Scottish Certificate of Education, 1963
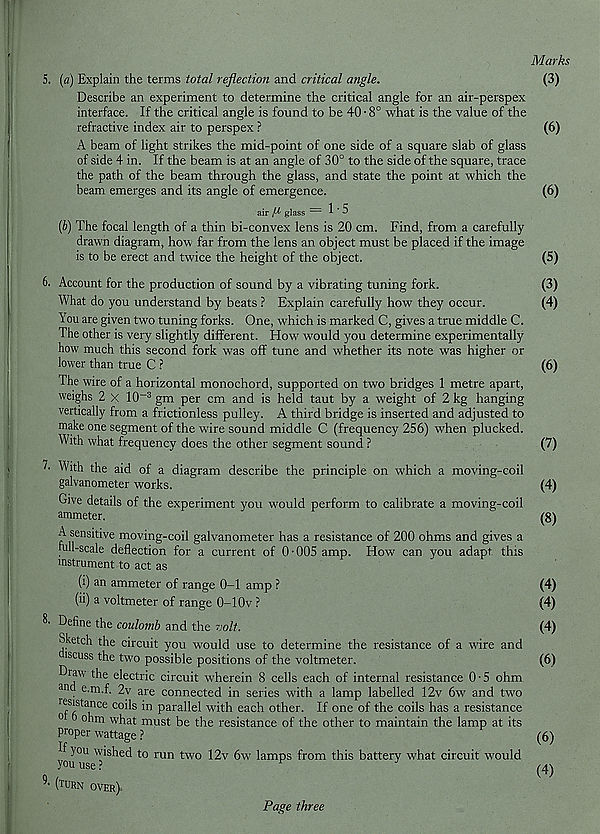
Marks
5. [a) Explain the terms total reflection and critical angle.
(3)
Describe an experiment to determine the critical angle for an air-perspex
interface. If the critical angle is found to be 40 • 8° what is the value of the
refractive index air to perspex ?
(6)
A beam of light strikes the mid-point of one side of a square slab of glass
of side 4 in. If the beam is at an angle of 30° to the side of the square, trace
the path of the beam through the glass, and state the point at which the
beam emerges and its angle of emergence.
(6)
air g] ass — 1*5
[b) The focal length of a thin bi-convex lens is 20 cm. Find, from a carefully
drawn diagram, how far from the lens an object must be placed if the image
is to be erect and twice the height of the object.
(5)
6. Account for the production of sound by a vibrating tuning fork.
(3)
What do you understand by beats ? Explain carefully how they occur.
(4)
You are given two tuning forks. One, which is marked C, gives a true middle C.
The other is very slightly different. How would you determine experimentally
how much this second fork was off tune and whether its note was higher or
lower than true C ?
(6)
The wire of a horizontal monochord, supported on two bridges 1 metre apart,
weighs 2 x 10- 3 gm per cm and is held taut by a weight of 2 kg hanging
vertically from a frictionless pulley. A third bridge is inserted and adjusted to
make one segment of the wire sound middle C (frequency 256) when plucked.
With what frequency does the other segment sound ?
(7)
l- With the aid of a diagram describe the principle on which a moving-coil
galvanometer works.
(4)
Give details of the experiment you would perform to calibrate a moving-coil
ammeter.
"
(8)
A sensitive moving-coil galvanometer has a resistance of 200 ohms and gives a
hill-scale deflection for a current of 0-005 amp. How can you adapt this
instrument to act as
(i) an ammeter of range 0-1 amp ?
(4)
(ii) a voltmeter of range 0-1 Ov ?
(4)
8- Define the coulomb and the volt.
(4)
Sketch the circuit you would use to determine the resistance of a ware and
iscuss the two possible positions of the voltmeter.
(6)
Draw the electric circuit wherein 8 cells each of internal resistance 0-5 ohm
a nd e.m.f. 2v are connected in series with a lamp labelled 12v 6w and two
r j S ' sta ® ce c°i ls in parallel with each other. If one of the coils has a resistance
0
ohm what must be the resistance of the other to maintain the lamp at its
proper wattage ?
(6)
If you wished to run two 12v 6w lamps from this battery what circuit would
You use?
r
^
^ (turn over)
Page three